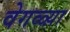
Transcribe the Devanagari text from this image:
वेगळ्य़ा